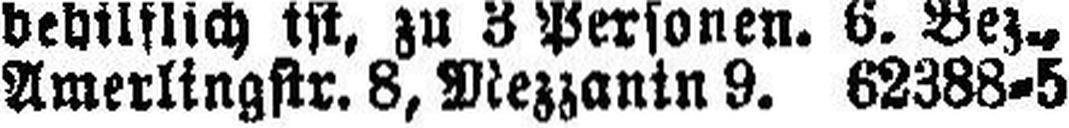
Amerlingstr. 8, Mezzanin 9. 62388-5